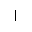
\mid